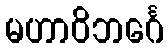
မဟာဝိဘင်္ဂေ